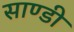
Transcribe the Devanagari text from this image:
साण्डी